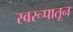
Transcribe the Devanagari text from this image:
स्वरूपातून